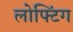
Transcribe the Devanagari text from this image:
लोफ्टिंग